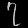
Digit: ၇